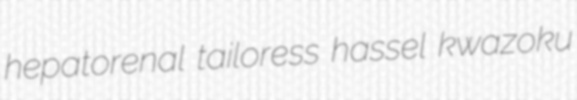
hepatorenal tailoress hassel kwazoku